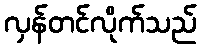
လှန်တင်လိုက်သည်